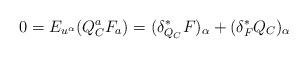
LaTeX: \begin{align*}0=E_{u^\alpha}(Q_C^aF_a) = (\delta^*_{Q_C} F)_\alpha + (\delta^*_F Q_C)_\alpha\end{align*}